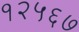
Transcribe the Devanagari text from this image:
१२५६७